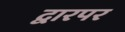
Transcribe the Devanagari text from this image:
द्वारपर